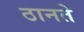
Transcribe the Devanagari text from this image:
ठानते